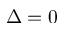
\Delta = 0